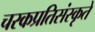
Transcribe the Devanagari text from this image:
चरकप्रतिसंस्कृते